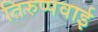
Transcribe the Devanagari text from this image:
तिरुप्पवाई